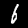
Label: 6